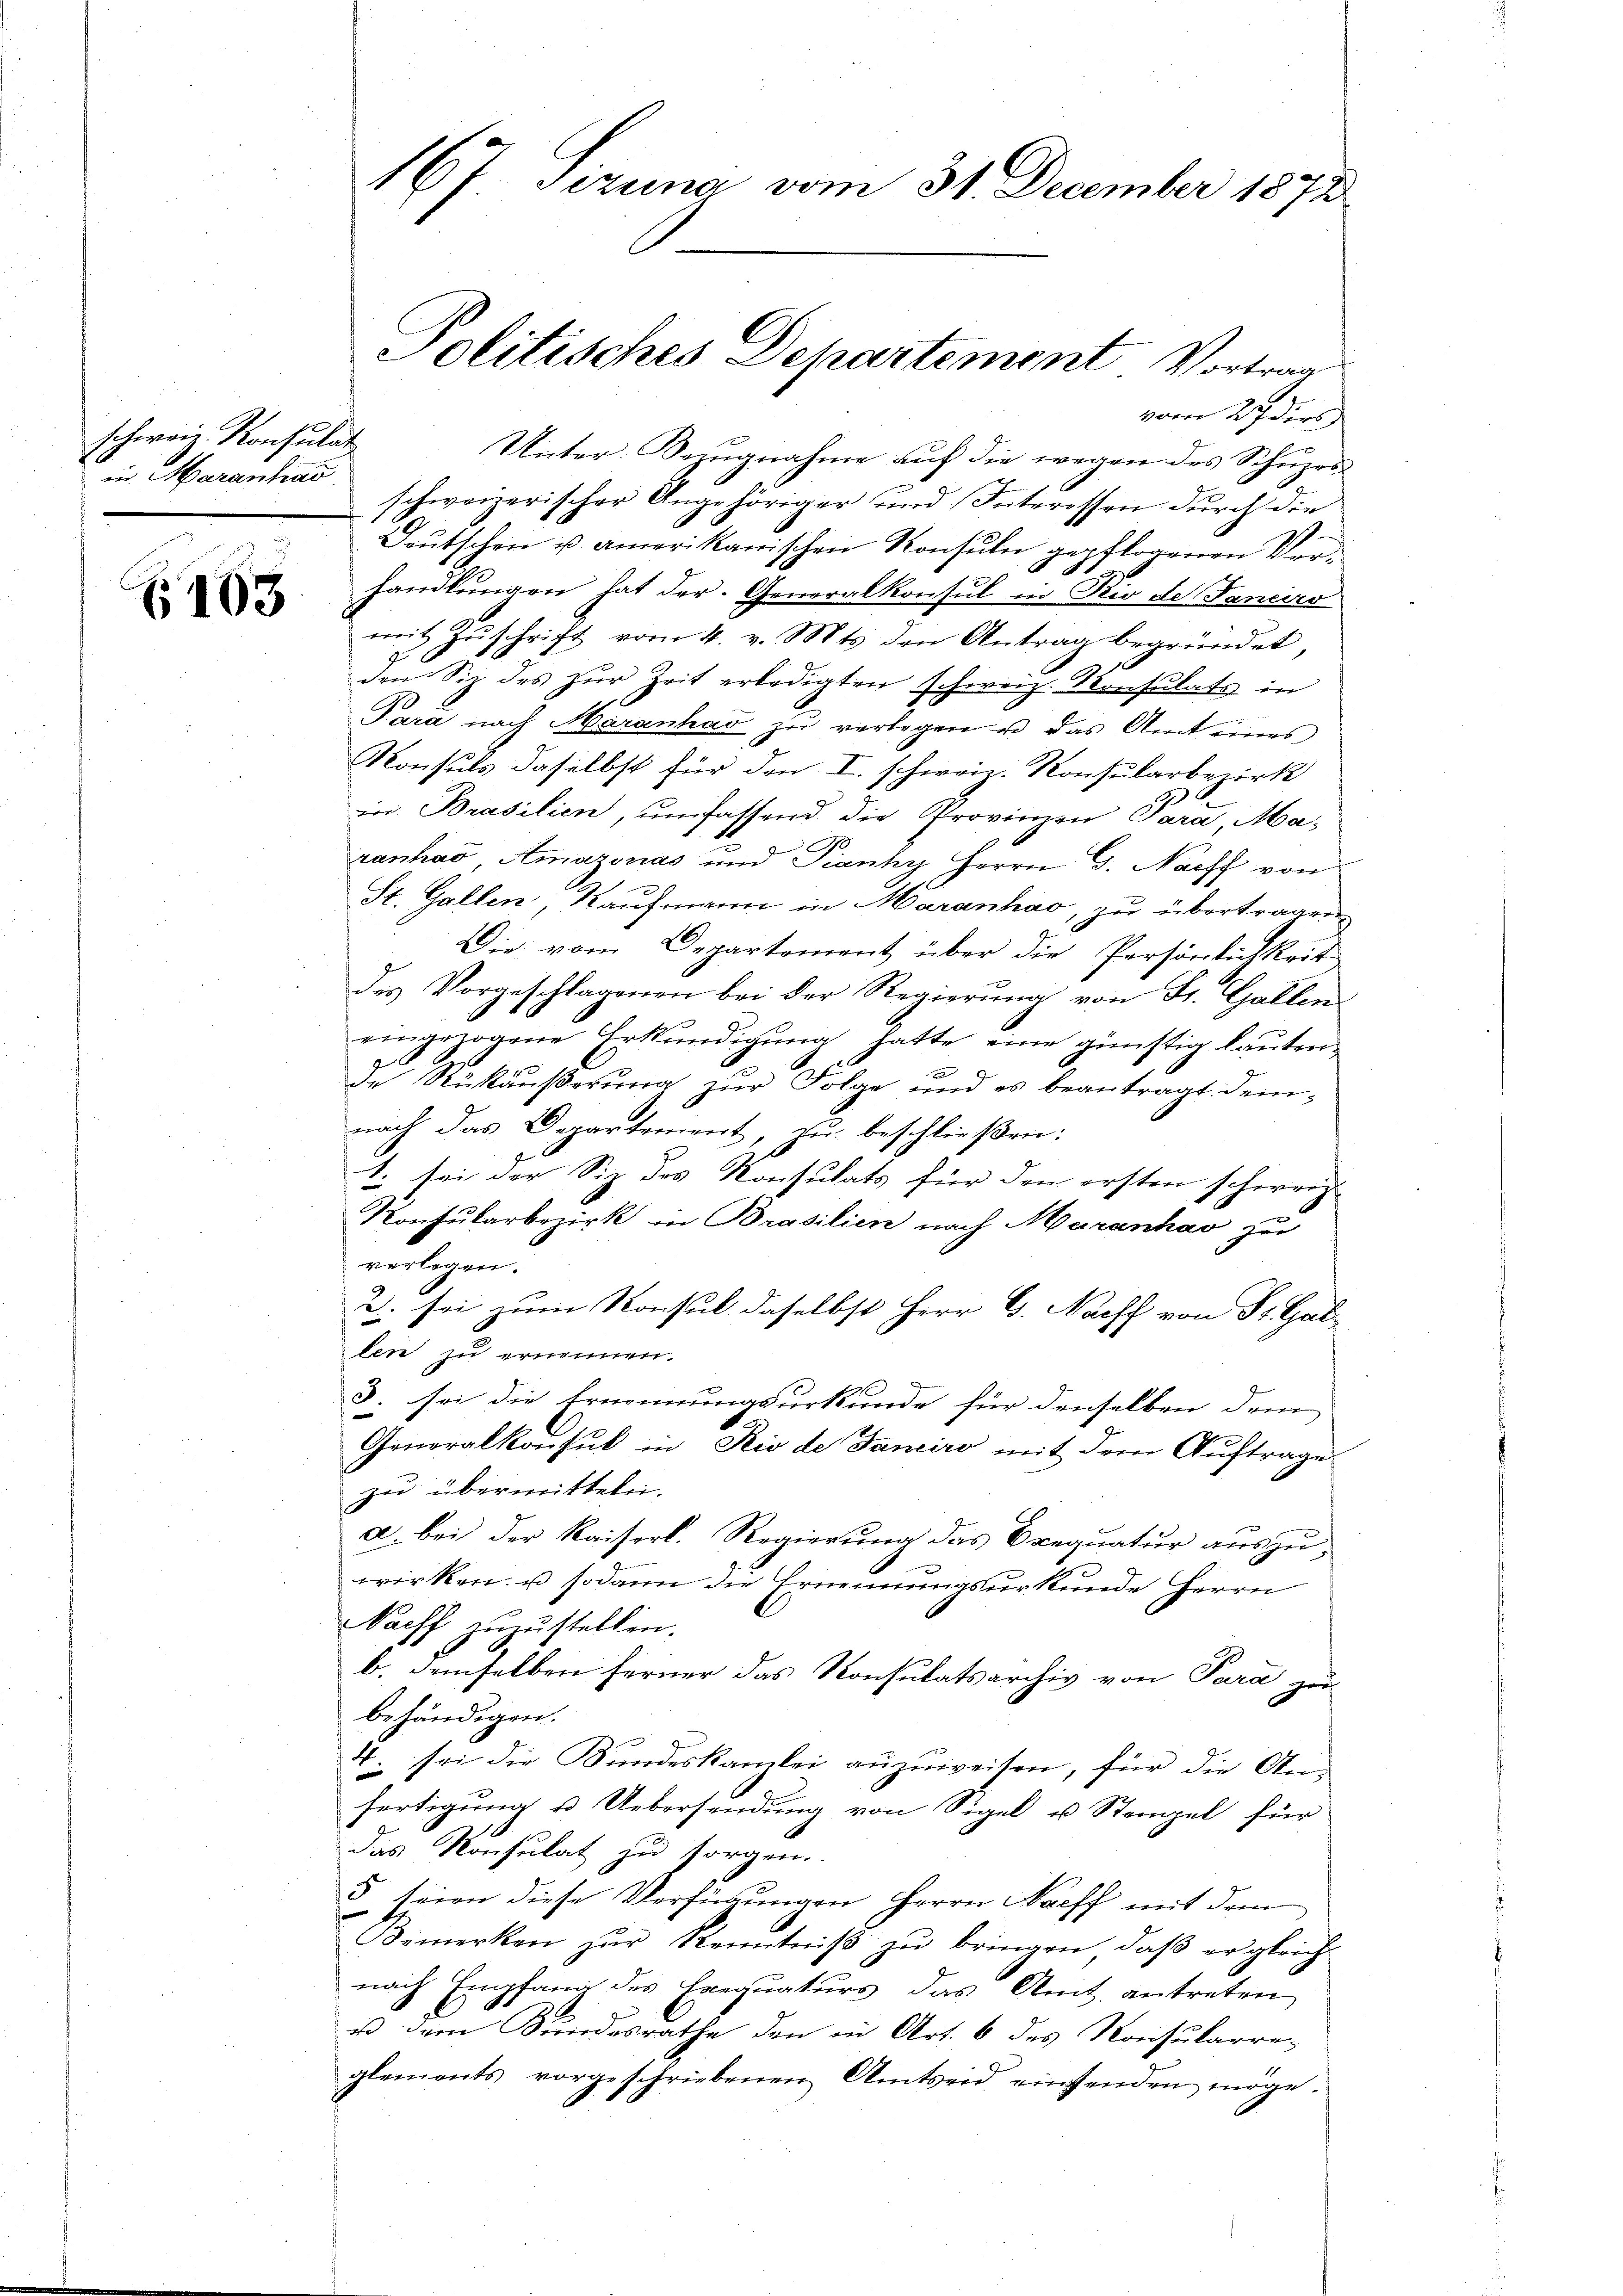
schweiz. Konsulat
in Marantrag

103

handlungen hat der Generalkonsul in Rio de Tancirs
mit Zuschrift vom 4. v. Mts. den Antrag begründet,
den Siz des zŭr Zeit erledigten schweiz. Konsulats in
Para nach Maranhad zu verlegen u. das Amt eines
Konsuls daselbst für den I. schweiz. Konsularbezirk
in Brasilien, umfassend die Provinzen Para Maranhas Amazonas und Pianhy Herrn G. Nacht von
St. Gallen, Kaufmann in Maranhao, zu übertragen
Die vom Departement über die Persönlichkeit
des Vorgeschlagenen bei der Regierung von St. Gallen
eingezogene Erkŭndigŭng hatte eine günstig lautende Rückäußerung zur Folge und es beantragt demnach das Departement, zu beschließen:
1. sei der Siz des Konsulats für den ersten schweiz
Konsularbezirk in Brasilien nach Muranhav zu
verlegen.
2. sei zum Konsul daselbst Herr G. Nachf von St. Gallen zu ernennen.
3. sei die Ernennungsurkunde für denselben dem
Generalkonsul in Rio de Janeiro mit dem Auftrage
zu übermitteleia. Bei der Kaiserl. Regierung das Brequatur auszuwirken. u sodann die Ernennungsurkunde Herrn
Nacht zuzustellen.
b. demselben ferner das Konsulatsarchiv von Para zu
behändigen.
4. sei die Kundeskanzlei anzuweisen, für die Anfertigŭng u. Uebersendŭng von Sigel u Stengel für
das Konsulat zu sorgen.
5 seien diese Verfügungen Herrn Nacff mit dem
Bemerken zŭr Kenntniβ zŭ bringen, daβ er gleich
nach Empfang des Leequaturs das Amt antreten
is dem Bundesrathe den in Art. 6 des Konsularre-
glements vorgeschriebenen Amtsend einsenden möge.

167. Sizung vom 31. December 1872

Politisches Departement Vortrag
Unter Bezugnahme auf die wegen des Schuprs
schweizerischer Angehöriger und Interessen durch die
Deutschen u amerikanischen Konsuln gepflogenen Ver¬

vom 27 ders